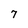
Character: 7